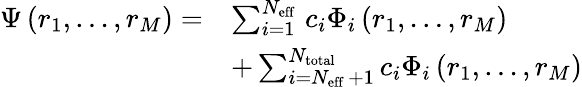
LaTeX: \begin{array}{rl}{\Psi\left(r_{1},\ldots,r_{M}\right)=}&{\sum_{i=1}^{N_{\mathrm{eff~}}}c_{i}\Phi_{i}\left(r_{1},\ldots,r_{M}\right)}\\ &{+\sum_{i=N_{\mathrm{eff~}}+1}^{N_{\mathrm{total}}}c_{i}\Phi_{i}\left(r_{1},\ldots,r_{M}\right)}\end{array}